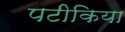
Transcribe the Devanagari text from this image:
पटीकिया